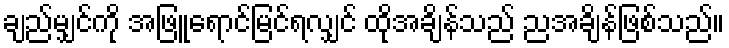
ချည်မျှင်ကို အဖြူရောင်မြင်ရလျှင် ထိုအချိန်သည် ညအချိန်ဖြစ်သည်။